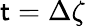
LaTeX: \mathsf{t}=\Delta\zeta